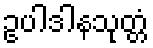
ဥပါဒါနသုတ္တံ